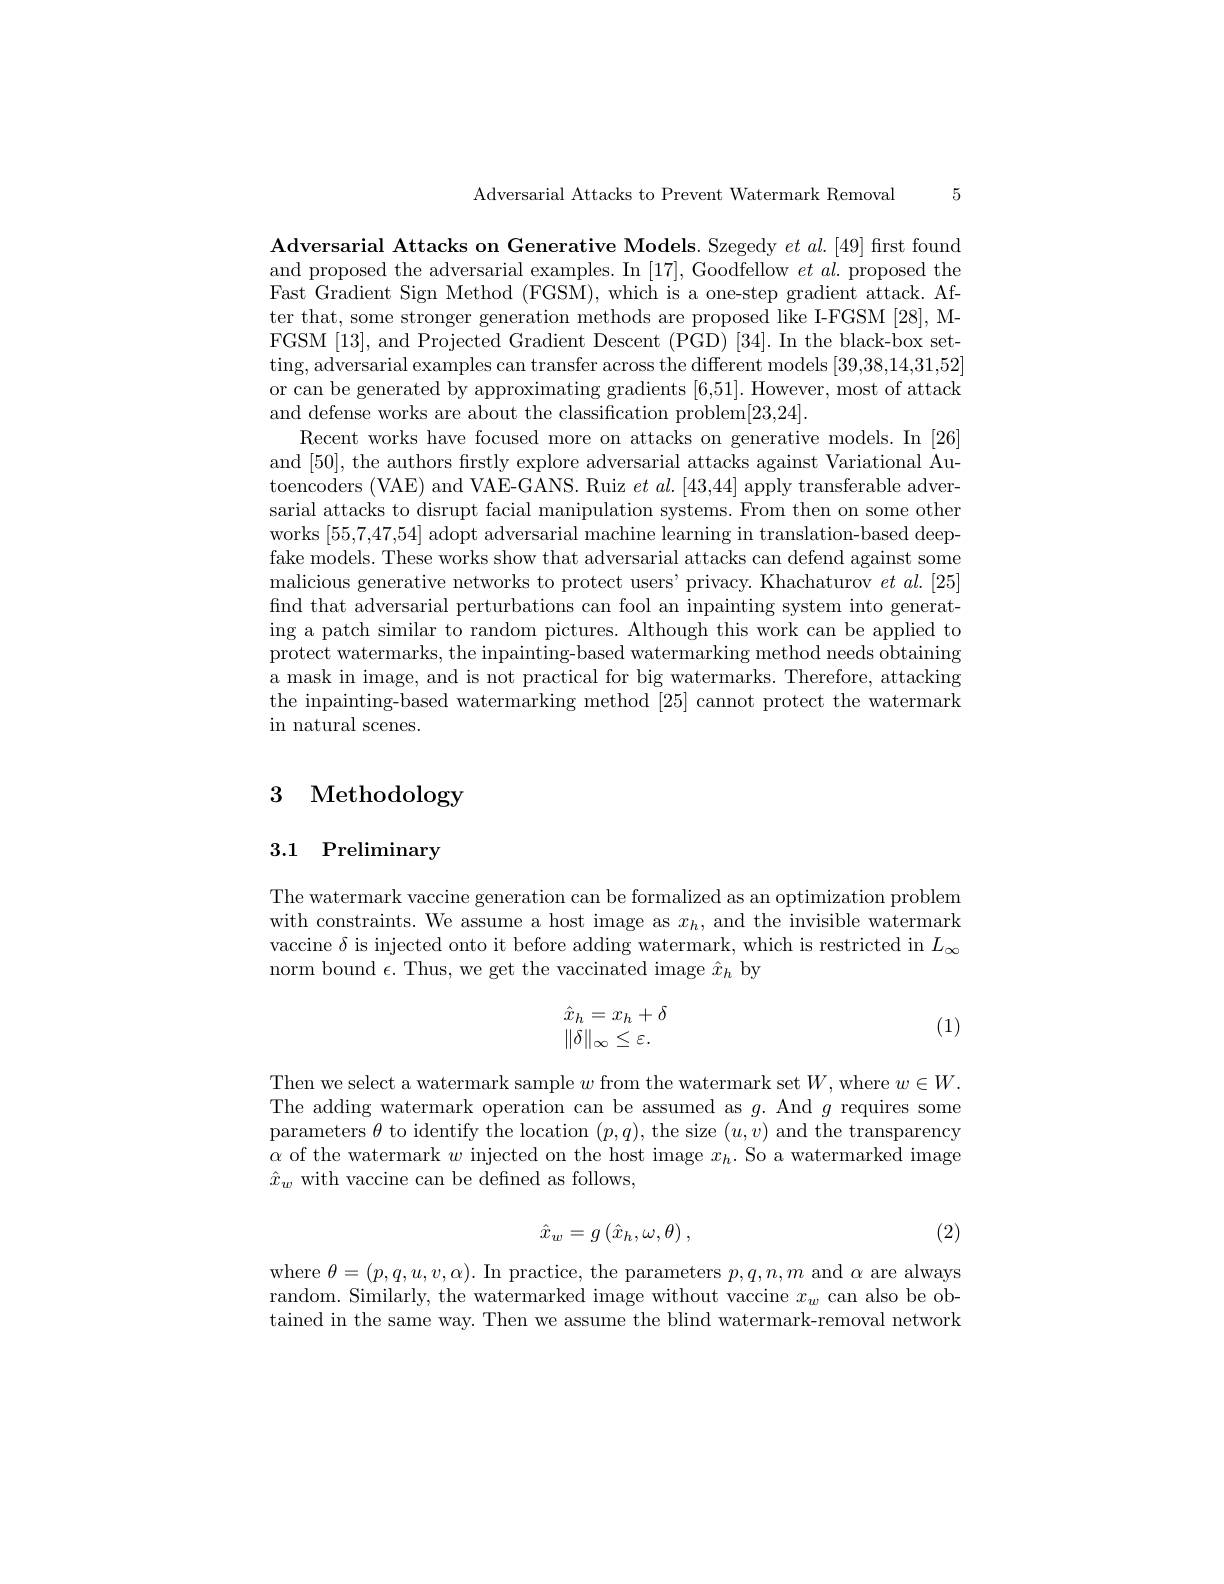
5

Adversarial Attacks to Prevent Watermark Removal

Adversarial Attacks on Generative Models. Szegedy $et\textit{al. [ 49] first found}$ and proposed the adversarial examples. In [17],Goodfellow $et\textit{al. proposed the}$ Fast Gradient Sign Method (FGSM), which is a one-step gradient attack. After that, some stronger generation methods are proposed like I-FGSM [28], MFGSM [13], and Projected Gradient Descent (PGD) [34]. In the black-box setting, adversarial examples can transfer across the different models [39,38,14,31,52] or can be generated by approximating gradients [6,51]. However, most of attack and defense works are about the classification problem[23,24].
Recent works have focused more on attacks on generative models. In [26] and [50], the authors firstly explore adversarial attacks against Variational Autoencoders (VAE) and VAE-GANS. Ruiz $et\textit{al. [ 43, 44] apply transferable adver- }$ sarial attacks to disrupt facial manipulation systems. From then on some other works [55,7,47,54] adopt adversarial machine learning in translation-based deepfake models. These works show that adversarial attacks can defend against some malicious generative networks to protect users' privacy. Khachaturov $et\textit{al. [ 25] }$ find that adversarial perturbations can fool an inpainting system into generating a patch similar to random pictures. Although this work can be applied to protect watermarks, the inpainting-based watermarking method needs obtaining a mask in image, and is not practical for big watermarks. Therefore, attacking the inpainting-based watermarking method [25] cannot protect the watermark in natural scenes.

## 3 Methodology

# 3.1 Preliminary

The watermark vaccine generation can be formalized as an optimization problem with constraints. We assume a host image as $x_h$, and the invisible watermark vaccine $\delta$ is injected onto it before adding watermark, which is restricted in $L_\infty$ norm bound $\epsilon.$Thus, we get the vaccinated image $\hat{x}_h$ by
$$\begin{array}{l}\hat{x}_h=x_h+\delta\\\|\delta\|_\infty\leq\varepsilon.\end{array}$$
(1)

Then we select a watermark sample $w$ from the watermark set $W$,where $w\in W.$ The adding watermark operation can be assumed as $g.$ And $g$ requires some parameters $\theta$ to identify the location $(p,q)$, the size $(u,v)$ and the transparency $\alpha$ of the watermark $w$ injected on the host image $x_h.$ So a watermarked image $\hat{x}_w$ with vaccine can be defined as follows,
$$\hat{x}_w=g\left(\hat{x}_h,\omega,\theta\right),$$
(2)

where $\theta=(p,q,u,v,\alpha).$ In practice, the parameters $p,q,n,m$ and $\alpha$ are always random. Similarly, the watermarked image without vaccine $x_w$ can also be obtained in the same way. Then we assume the blind watermark-removal network